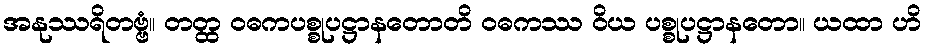
အနုဿရိတဗ္ဗံ။ တတ္ထ ဝဓကပစ္စုပဋ္ဌာနတောတိ ဝဓကဿ ဝိယ ပစ္စုပဋ္ဌာနတော။ ယထာ ဟိ